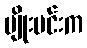
မျိုးမင်းက